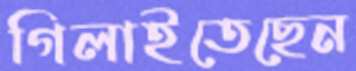
গিলাইতেছেন